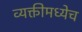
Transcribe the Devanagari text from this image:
व्यक्तीमध्येच